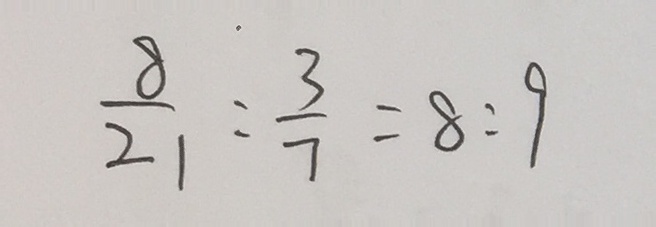
\frac { 8 } { 2 1 } : \frac { 3 } { 7 } = 8 : 9